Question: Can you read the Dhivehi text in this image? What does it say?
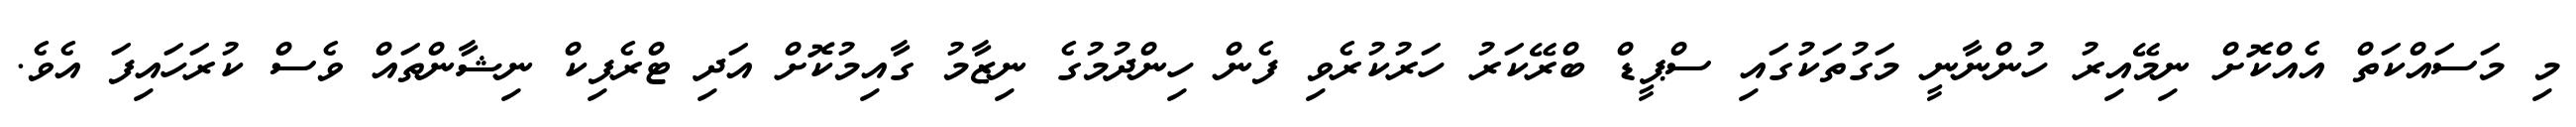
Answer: މި މަސައްކަތް އެއްކޮށް ނިމޭއިރު ހުންނާނީ މަގުތަކުގައި ސްޕީޑް ބްރޭކަރު ހަރުކުރެވި ފެން ހިންދުމުގެ ނިޒާމު ގާއިމުކޮށް އަދި ޓްރެފިކް ނިޝާންތައް ވެސް ކުރަހައިފަ އެވެ.